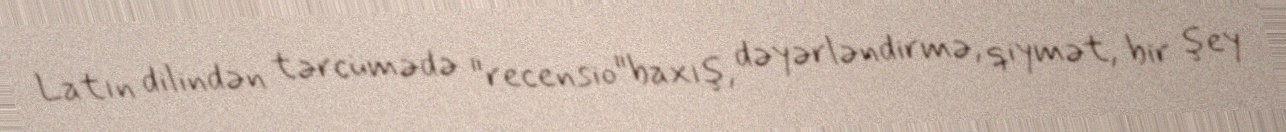
Latın dilindən tərcümədə "recensio"baxış, dəyərləndirmə, qiymət, bir şey